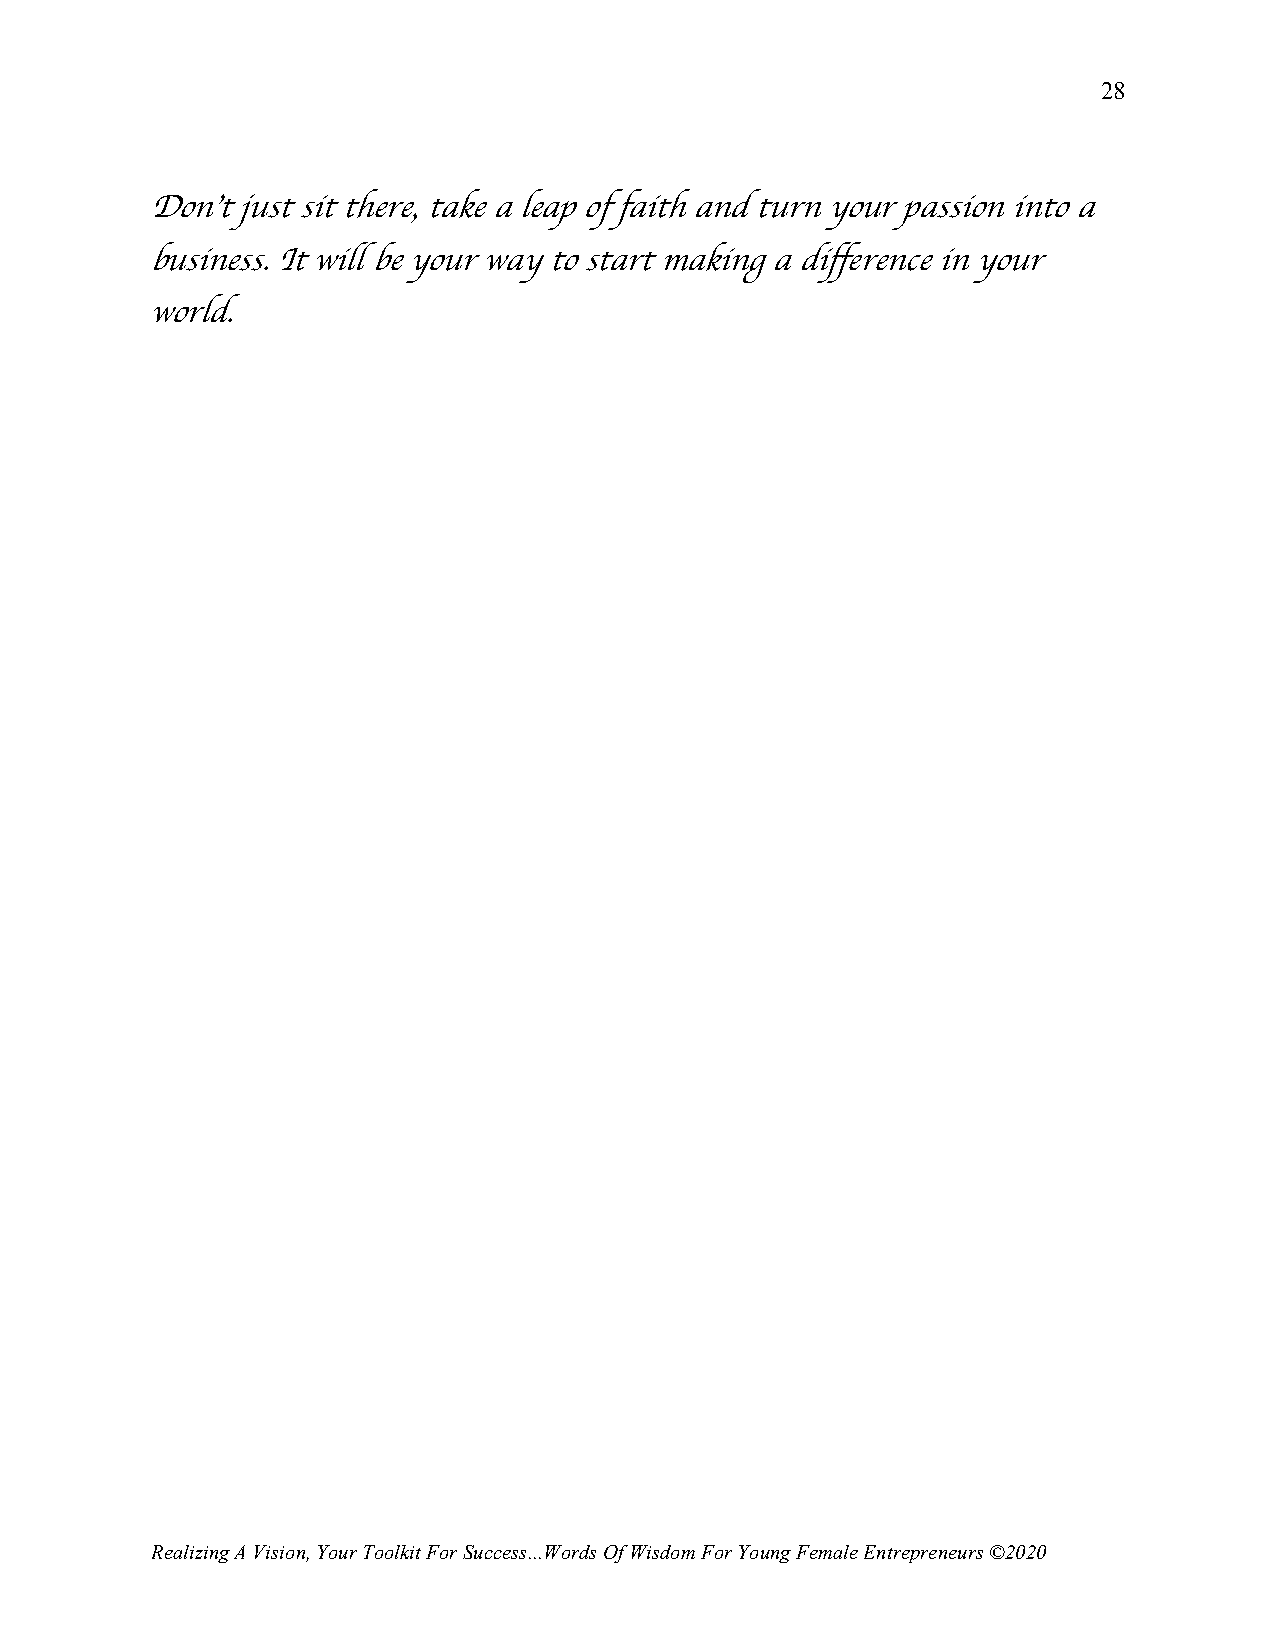
28
 Don’t just sit there, take a leap of faith and turn your passion into a
 business. It will be your way to start making a difference in your
 world.
 Realizing A Vision, Your Toolkit For Success...Words Of Wisdom For Young Female Entrepreneurs ©2020